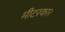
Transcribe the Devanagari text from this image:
मीटरकार